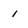
Character: i